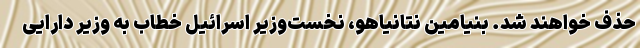
حذف خواهند شد. بنیامین نتانیاهو، نخست‌وزیر اسرائیل خطاب به وزیر دارایی